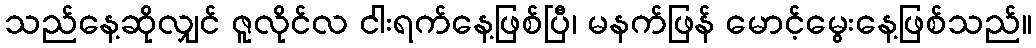
သည်နေ့ဆိုလျှင် ဇူလိုင်လ ငါးရက်နေ့ဖြစ်ပြီ၊ မနက်ဖြန် မောင့်မွေးနေ့ဖြစ်သည်။